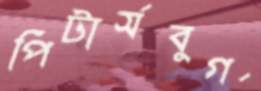
পিটার্সবুর্গ